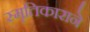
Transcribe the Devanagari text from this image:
स्मृतिकाराने